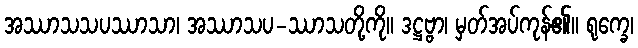
အဿာသသပဿာသာ၊ အဿာသပ-ဿာသတို့ကို။ ဒဋ္ဌဗ္ဗာ၊ မှတ်အပ်ကုန်၏။ ရုက္ခေ၊